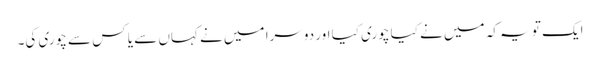
ایک تو یہ کہ میں نے کیا چوری کیا اور دوسرا میں نے کہاں سے یا کس سے چوری کی۔